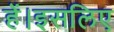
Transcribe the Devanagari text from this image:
हें।इसलिए